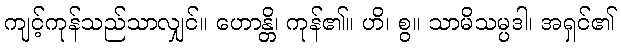
ကျင့်ကုန်သည်သာလျှင်။ ဟောန္တိ၊ ကုန်၏။ ဟိ၊ စွ။ သာမိသမ္ပဒါ၊ အရှင်၏